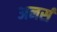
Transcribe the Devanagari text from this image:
अनर्स